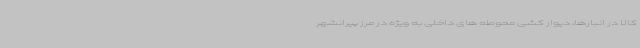
کالا در انبارها، دیوار کشی محوطه های داخلی به ویژه در مرز پیرانشهر